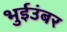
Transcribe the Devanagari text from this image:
भुईउंबर